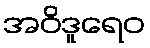
အဝိဒူရေဝ